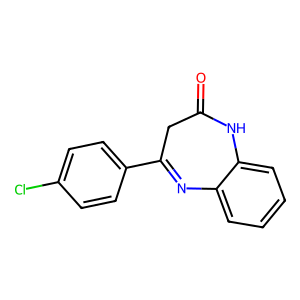
SMILES: O=C1CC(c2ccc(Cl)cc2)=Nc2ccccc2N1
Inhibits HIV replication: No